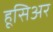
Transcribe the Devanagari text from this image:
हूसिअर